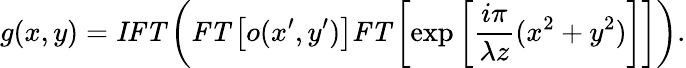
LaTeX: g(x,y)=\textbf{\textit{IFT}}\left(\textbf{\textit{FT}}\left[o(x^{\prime},y^{\prime})\right]\textbf{\textit{FT}}\left[\exp\left[\frac{i\pi}{\lambda z}(x^{2}+y^{2})\right]\right]\right).